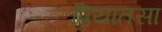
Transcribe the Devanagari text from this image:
पियातसा